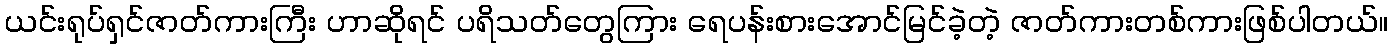
ယင်းရုပ်ရှင်ဇာတ်ကားကြီး ဟာဆိုရင် ပရိသတ်တွေကြား ရေပန်းစားအောင်မြင်ခဲ့တဲ့ ဇာတ်ကားတစ်ကားဖြစ်ပါတယ်။